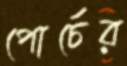
পোর্চের